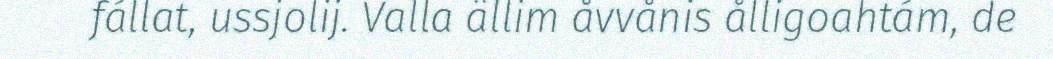
fállat, ussjolij. Valla ällim åvvånis ålligoahtám, de